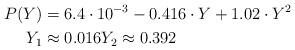
LaTeX: \begin{align*}P(Y) & =6.4\cdot10^{-3}-0.416\cdot Y+1.02\cdot Y^{2}\\Y_{1} & \approx0.016Y_{2}\approx0.392\end{align*}